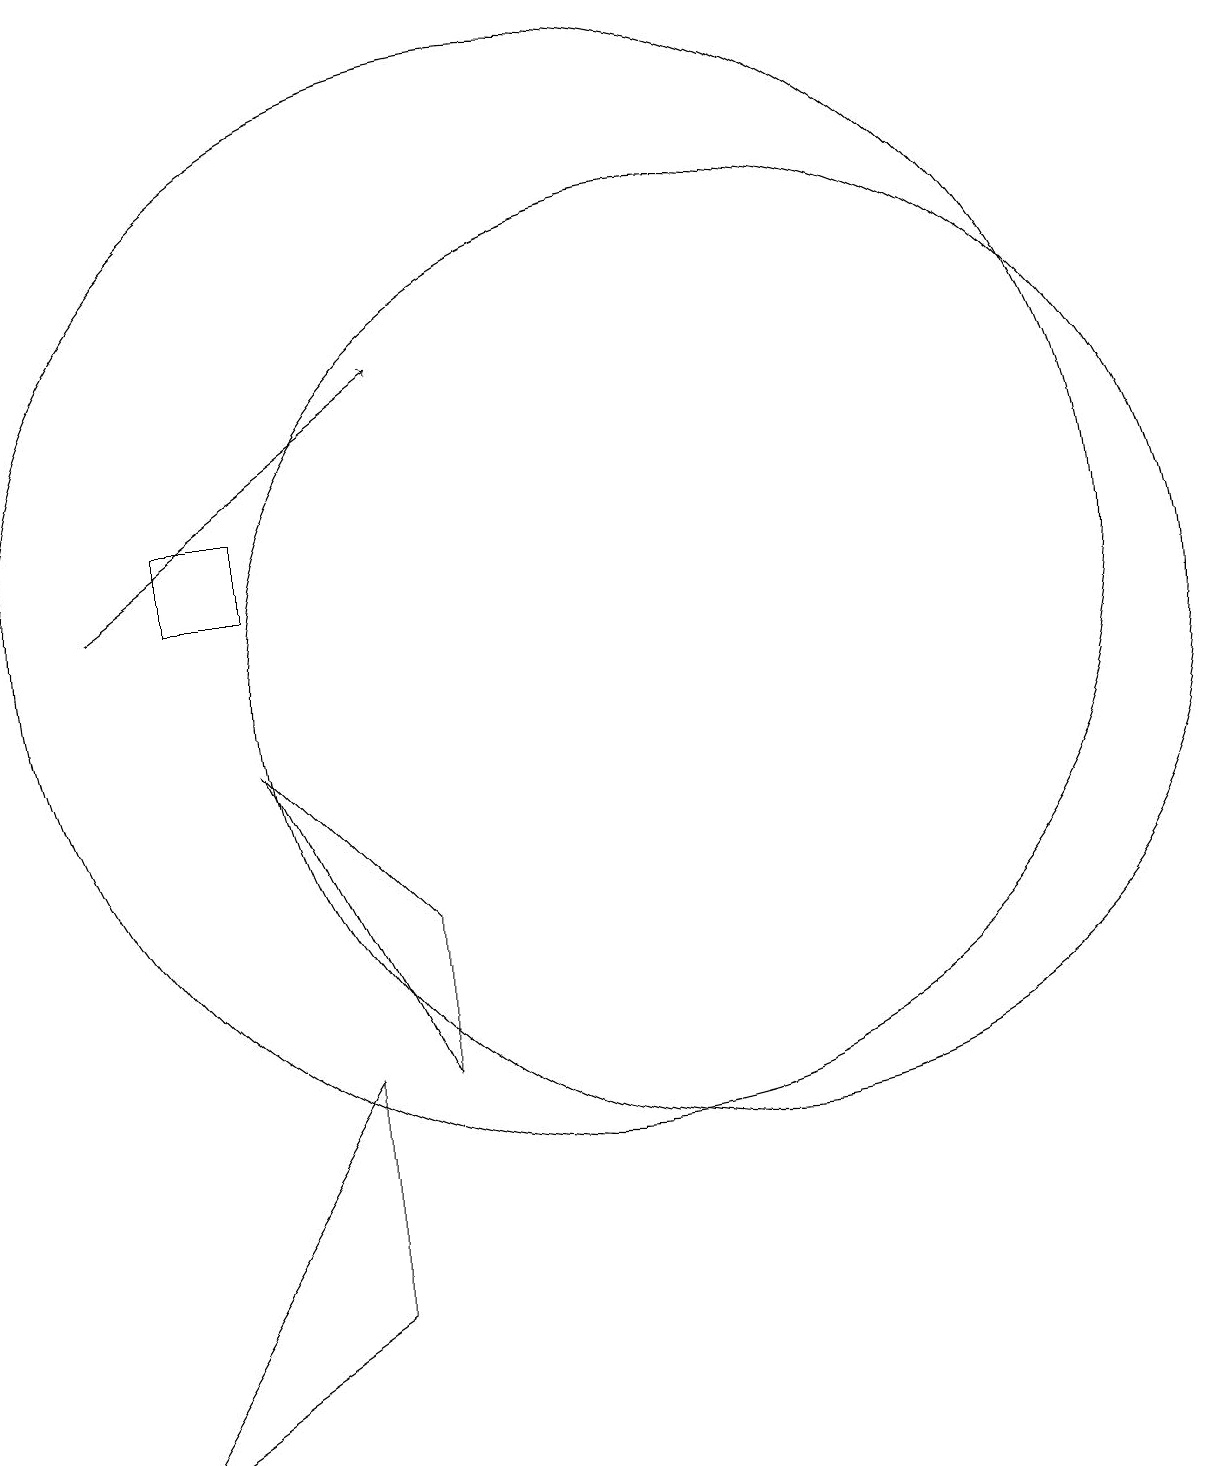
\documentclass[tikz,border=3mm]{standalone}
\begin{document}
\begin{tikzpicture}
\draw (12,10) circle (6);
\draw (10,11) circle (7);
\draw[->] (4,11) -- (8,14);
\draw (5,11) rectangle (6,12);
\draw[->] (3,17) -- (3,18);
\draw (6,9) -- (8,7) -- (8,5) -- cycle;
\draw (7,5) -- (7,2) -- (4,0) -- cycle;
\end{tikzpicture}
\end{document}